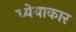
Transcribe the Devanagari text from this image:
ध्येयाकार